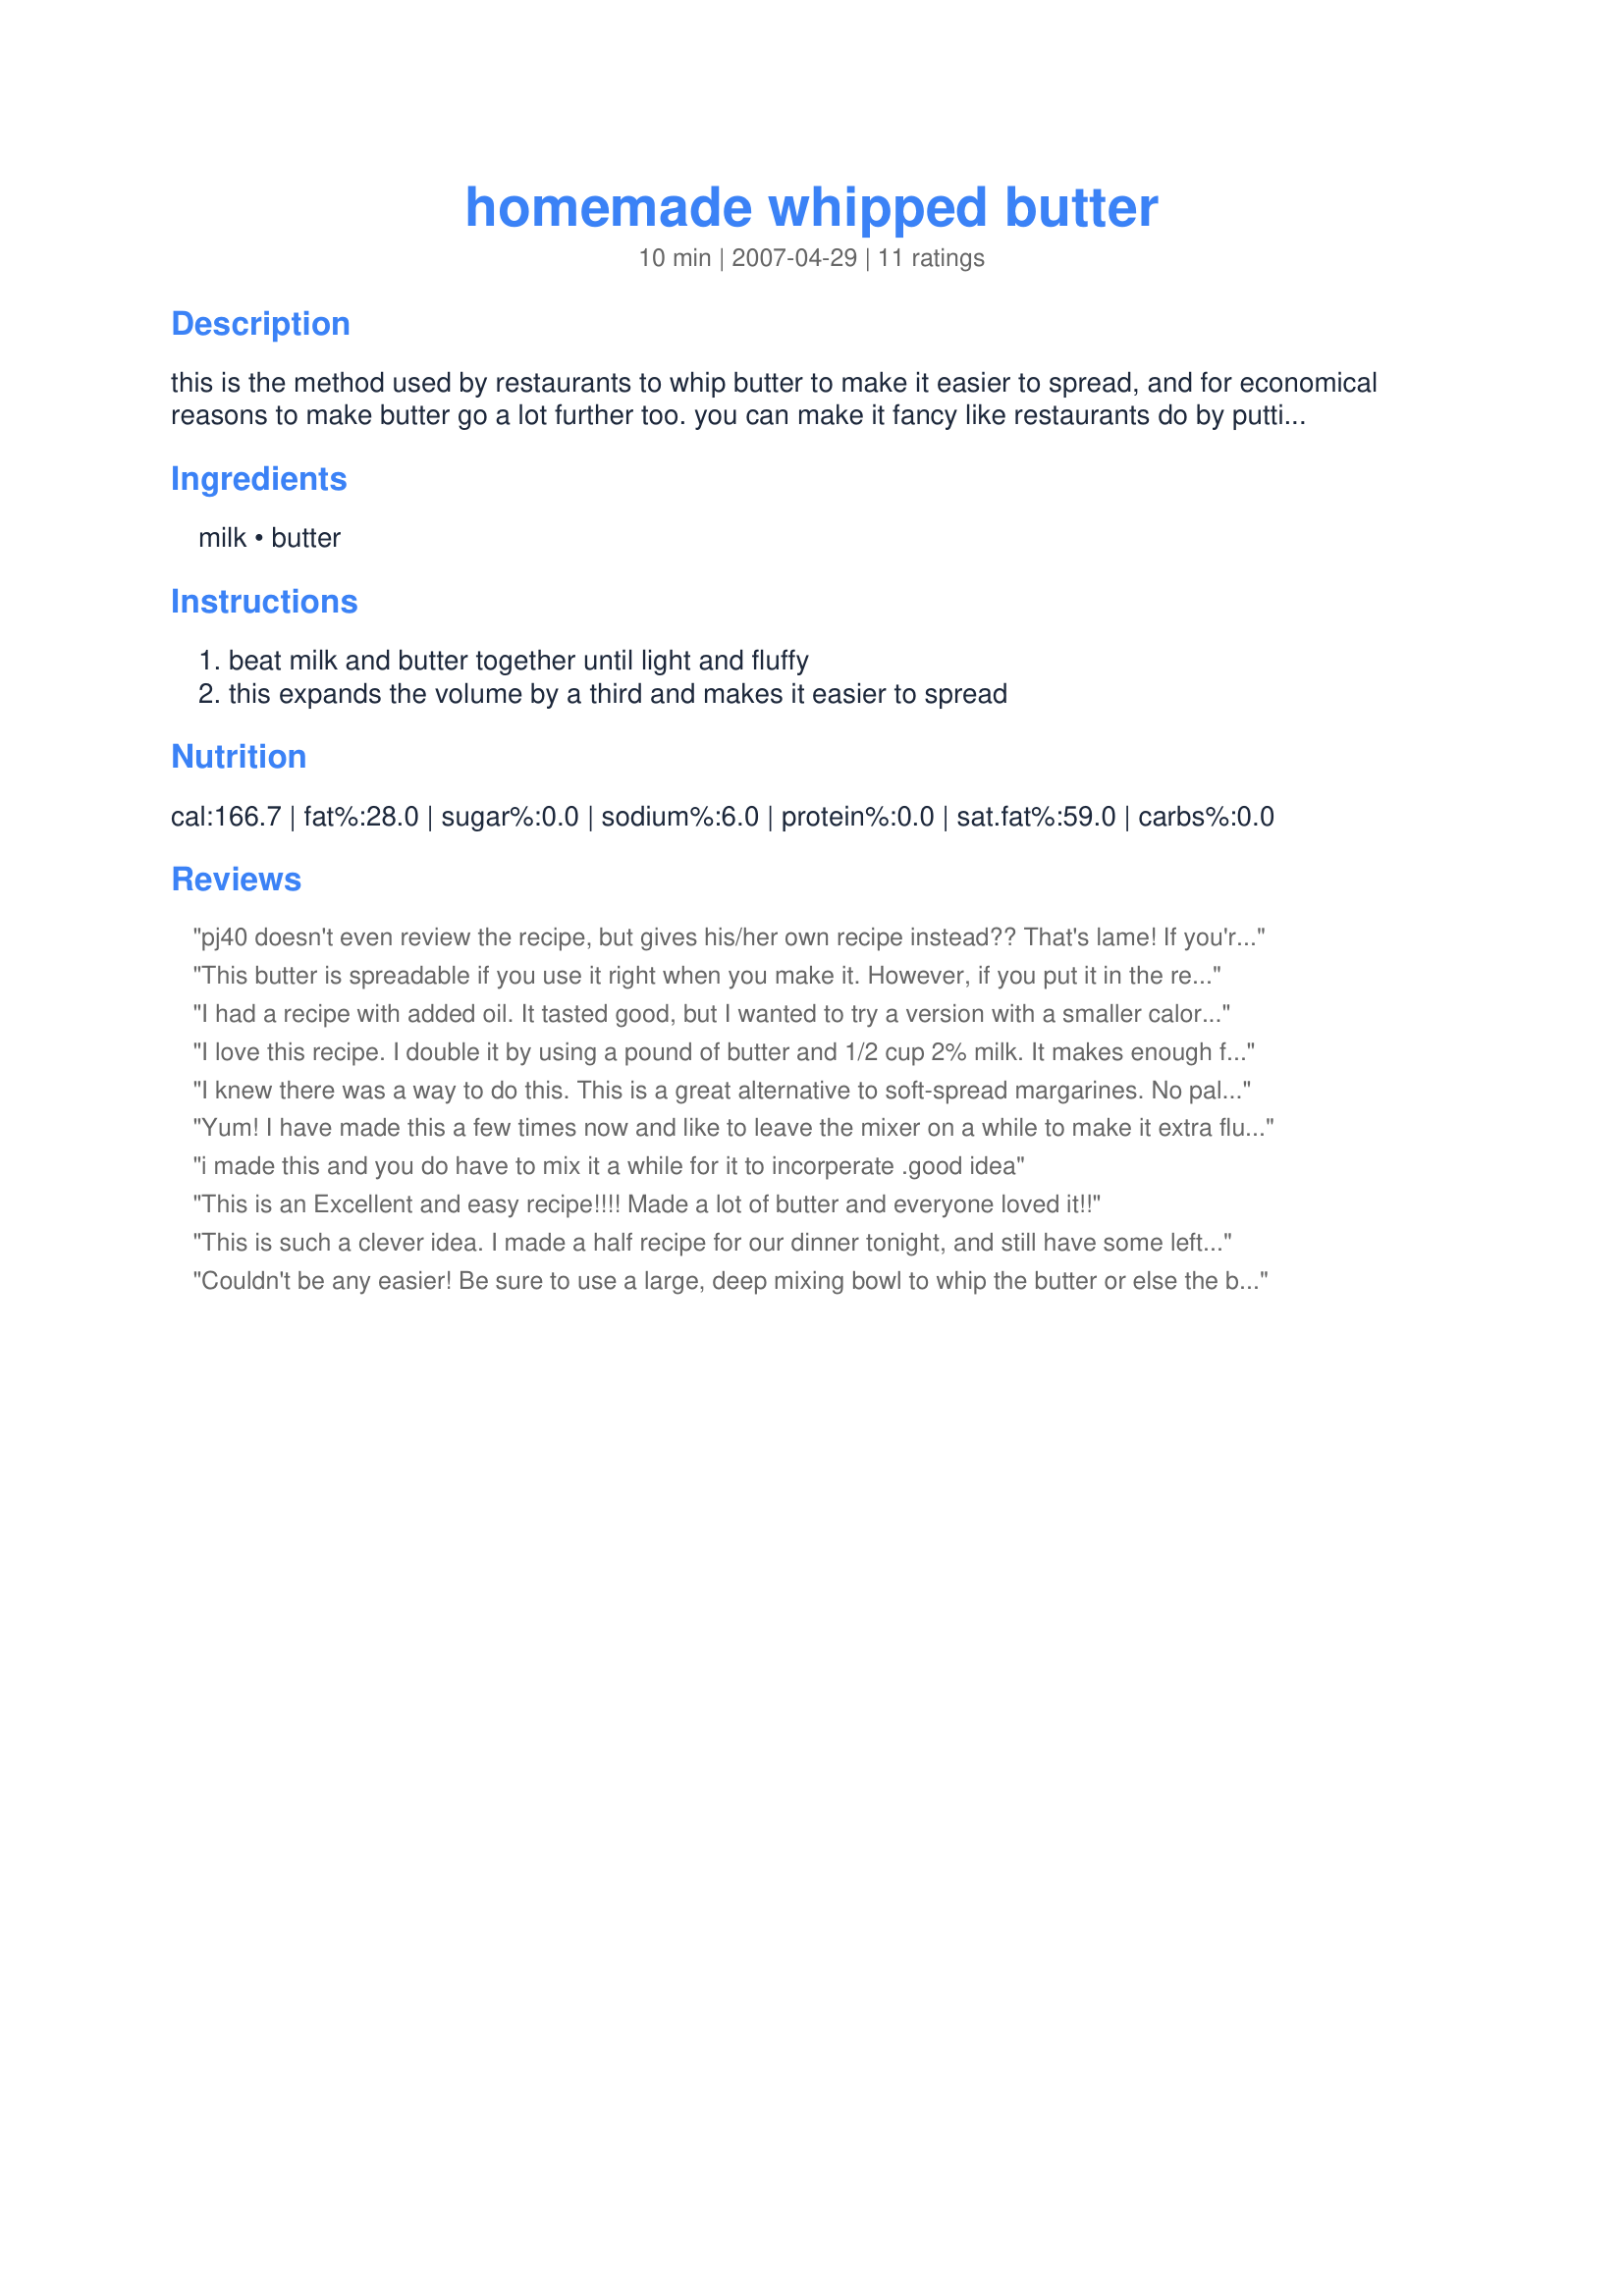
homemade whipped butter
Preparation time: 10 minutes

this is the method used by restaurants to whip butter to make it easier to spread, and for economical reasons to make butter go a lot further too. you can make it fancy like restaurants do by putting this mixture into a cake decorating tube with a fancy tip and pipe it into small dishes for individual servings. i have even used a plastic bag, cut off the corner, placed a fancy decorating tip in the corner, added the butter mixture and piped it into tiny dishes i got at the dollar store. one for each dinner guest is a nice touch.
i store the whipped butter in a glass covered container on the counter top in cooler weather. in warmer weather i store it in the refrigerator and bring it to room temperature before using.

Ingredients:
milk, butter

Steps:
beat milk and butter together until light and fluffy, this expands the volume by a third and makes it easier to spread

Reviews:
pj40 doesn't even review the recipe, but gives his/her own recipe instead?? That's lame! If you're so confident, submit it!!
This butter is spreadable if you use it right when you make it. However, if you put it in the refrigerator, it becomes hard again. So you have to take it out about 30-45 minutes before you want to use it. I was hoping to have some on hand for pancakes and biscuits in the morning, but this is too hard. I think to be truly spreadable, right out of the refrigerator, you have to use the recipe with oil in it, which is what I was trying to avoid. I thought this was good, you just have to plan when you are going to use it. OH, and you have to mix it longer than you think. At first I thought it wasn't working, and I left my stand mixer on and walked away and then it became fluffy.
I had a recipe with added oil. It tasted good, but I wanted to try a version with a smaller calorie count. I used one reviewers version with the 2% milk, and a bit of sea salt.&lt;br/&gt;Came out tasting great, and we call it I Can&#039;t Believe it&#039;s Not Margarine
I love this recipe. I double it by using a pound of butter and 1/2 cup 2% milk. It makes enough for 4 small containers. I take one container out at a time and find it does not need to be refrigerated if used in 2 to 3 days. I was paying over $2.00 for one container of whipped butter in the store.. Now, I can make 4 containers for the price of one.
I knew there was a way to do this. This is a great alternative to soft-spread margarines. No palm oils or hygrogentated fats.
Yum! I have made this a few times now and like to leave the mixer on a while to make it extra fluffy! I also like to add a few grinds of coarse sea salt or a couple pinches of coarse kosher salt to give it a little extra savory flavor and a crunch here and there just like Pittsburgh Blue Steakhouse. So smooth and creamy and I think it's delicious hard or soft, and can be left out overnight.
i made this and you do have to mix it a while for it to incorperate .good idea
This is an Excellent and easy recipe!!!! Made a lot of butter and everyone loved it!!
This is such a clever idea. I made a half recipe for our dinner tonight, and still have some leftover. But I like the idea that I don't have to buy separate spreadable butter (soft spread tub style). I could just make my own easy-spread butter. Thanks!
Couldn't be any easier! Be sure to use a large, deep mixing bowl to whip the butter or else the butter will fly all over the kitchen. Why didn't the thought cross my mind before to whip my own butter? Thanks! cg PS> I replaced some of the regular whole milk with half and half! ;)
I have been making my own whipped butter for years.
This is Extended Butter!
I use my food processor.
1 (one) cup canola oil, add 1 (one) Tsp. liquid lecithin and 5 ounces water (room temp.)
Blend then add one pound of sweet or salted butter.( room temp.)
 This 'butter' stays soft even when cold. 
Lower in calories and all the taste of butter.
Calories; 180 per ounce.
We use it all the time.
